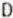
D